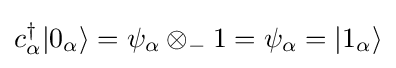
c_{\alpha }^{\dagger }|0_{\alpha }\rangle =\psi _{\alpha }\otimes _{-}1=\psi _{\alpha }=|1_{\alpha }\rangle